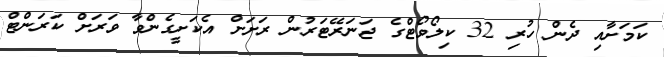
ކަމަށާއި ދެން ހުރި 32 ކިލޯވޯޓްގެ ޖަނަރޭޓަރުން ރަށަށް އެކަށީގެންވާ ވަރަށް ކަރަންޓް